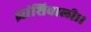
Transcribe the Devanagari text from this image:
झांशिवाली।।